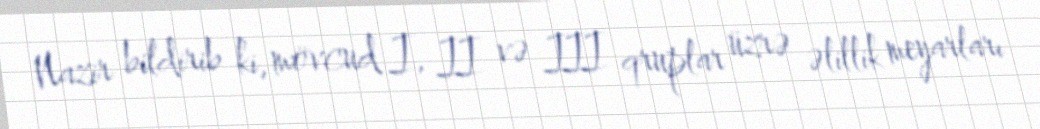
Nazir bildirib ki, mövcud I, II və III qruplar üzrə əlillik meyarları